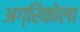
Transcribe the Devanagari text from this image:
अग्रिकोला